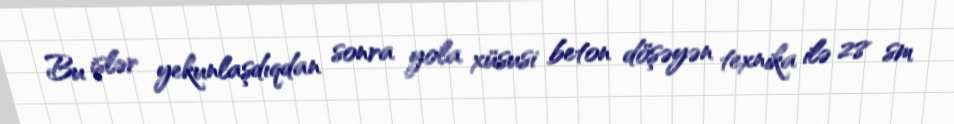
Bu işlər yekunlaşdıqdan sonra yola xüsusi beton döşəyən texnika ilə 28 sm